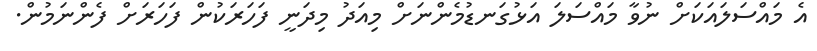
އެ މައްސަލައަކަށް ނުވާ މައްސަލަ އަޅުގަނޑުމެންނަށް މިއަދު މިދަނީ ފަހަރަކުން ފަހަރަށް ފެންނަމުން.